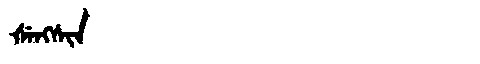
Manchu: ᡧᡝᠩᠰᡳᠨ
Romanization: ŠENGSIN